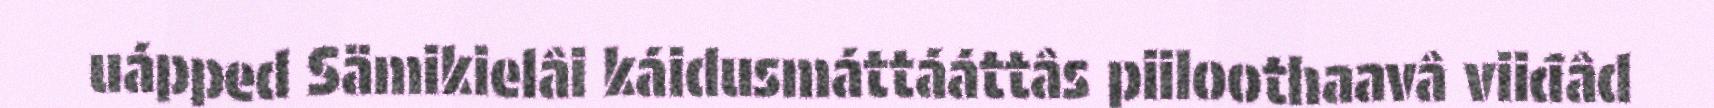
uápped Sämikielâi káidusmáttááttâs piiloothaavâ viiđâd